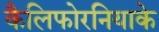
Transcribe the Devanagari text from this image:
कैलिफोरनियाके